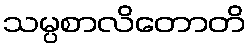
သမ္ပစာလိတောတိ